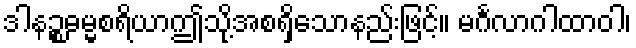
ဒါနဉ္စဓမ္မစရိယာဤသို့အစရှိသောနည်းဖြင့်။ မင်္ဂလာဂါထာဝါ၊